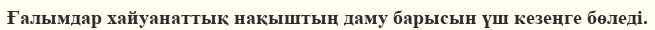
Ғалымдар хайуанаттық нақыштың даму барысын үш кезеңге бөледі.